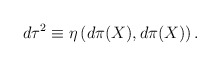
\begin{align*}d\tau^2 \equiv \eta\left(d\pi(X),d\pi(X)\right).\end{align*}